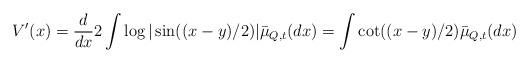
LaTeX: \begin{align*}V'(x)=\frac{d}{dx}2\int\log |\sin((x-y)/2)|\bar{\mu}_{Q,t}(dx)=\int\cot((x-y)/2)\bar{\mu}_{Q,t}(dx)\end{align*}